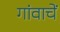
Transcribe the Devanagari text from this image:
गांवाचें